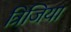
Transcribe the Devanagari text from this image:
त्रिजिया